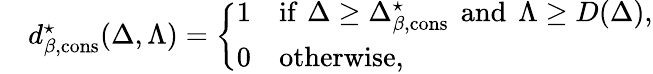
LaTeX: \begin{array}{rl}&{d_{\beta,\mathrm{cons}}^{\star}(\Delta,\Lambda)=\left\{ \begin{array}{ll}{1}&{\mathrm{if}\, \, \Delta\geq\Delta_{\beta,\mathrm{cons}}^{\star}\, \ \mathrm{and}\, \ \Lambda\geq D(\Delta),}\\ {0}&{\mathrm{otherwise},}\end{array}\right.}\end{array}